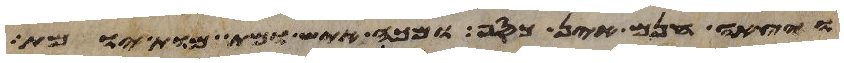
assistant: ויצאה חנם אין כסף מכה איש ומת מות יומת